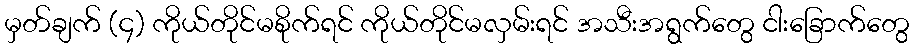
မှတ်ချက် (၄) ကိုယ်တိုင်မစိုက်ရင် ကိုယ်တိုင်မလှမ်းရင် အသီးအရွက်တွေ ငါးခြောက်တွေ